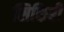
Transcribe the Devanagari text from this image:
सिकिरी